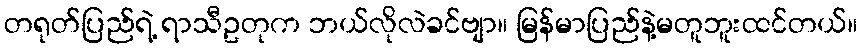
တရုတ်ပြည်ရဲ့ ရာသီဥတုက ဘယ်လိုလဲခင်ဗျာ။ မြန်မာပြည်နဲ့မတူဘူးထင်တယ်။